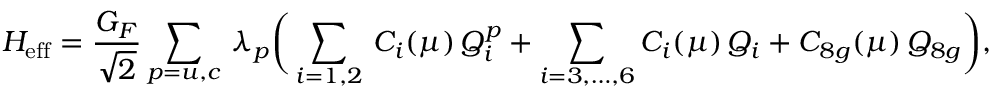
{ \cal H } _ { \mathrm { e f f } } = \frac { G _ { F } } { \sqrt 2 } \sum _ { p = u , c } \, \lambda _ { p } \bigg ( \sum _ { i = 1 , 2 } \, C _ { i } ( \mu ) \, Q _ { i } ^ { p } + \sum _ { i = 3 , \dots , 6 } C _ { i } ( \mu ) \, Q _ { i } + C _ { 8 g } ( \mu ) \, Q _ { 8 g } \bigg ) ,